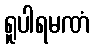
ရူပါရမဏံ